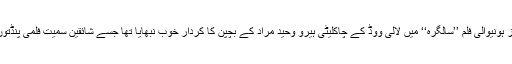
انہوں نے 1969 میں ریلیز ہونیوالی فلم ’’سالگرہ‘‘ میں لالی ووڈ کے چاکلیٹی ہیرو وحید مراد کے بچپن کا کردار خوب نبھایا تھا جسے شائقین سمیت فلمی پنڈتوں نے بھی بے حد سراہاتھا۔